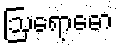
ဩရောဓော